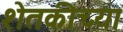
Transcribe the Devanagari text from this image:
शेतकीच्या